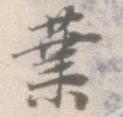
業